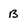
Character: B